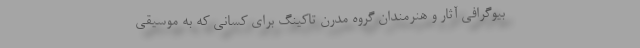
بیوگرافی آثار و هنرمندان گروه مدرن تاکینگ برای کسانی که به موسیقی